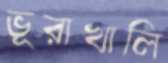
ভূরাখালি